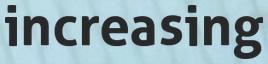
increasing